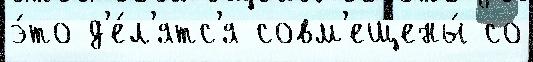
э́то д'е́л'ятс'я совм'ещены́ со